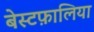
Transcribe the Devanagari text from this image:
बेस्टफ़ालिया